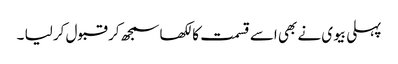
پہلی بیوی نے بھی اسے قسمت کا لکھا سمجھ کر قبول کر لیا ۔